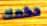
حكمك